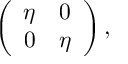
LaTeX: \left( \begin{array} { c c } { { \eta } } & { { 0 } } \\ { { 0 } } & { { \eta } } \end{array} \right) ,